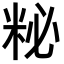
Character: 𥹅